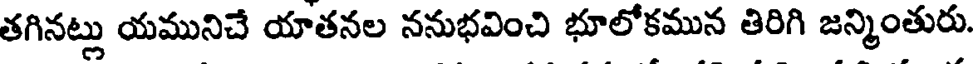
తగినట్లు యమునిచే యాతనల ననుభవించి భూలోకమున తిరిగి జన్మింతురు.